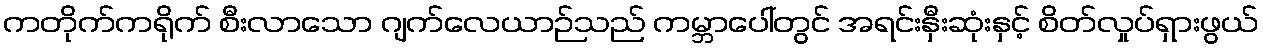
ကတိုက်ကရိုက် စီးလာသော ဂျက်လေယာဉ်သည် ကမ္ဘာပေါ်တွင် အရင်းနှီးဆုံးနှင့် စိတ်လှုပ်ရှားဖွယ်